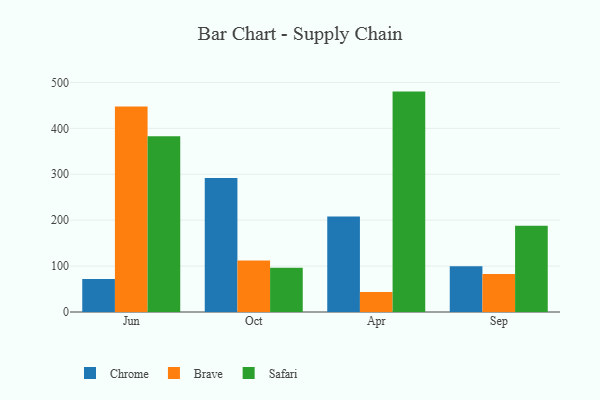
{"axis": {"x": "Month", "y": "Tickets Resolved"}, "legend": ["Brave", "Chrome", "Safari"], "data": [{"x": "Jun", "y": 71.9, "type": "Chrome"}, {"x": "Jun", "y": 447.3, "type": "Brave"}, {"x": "Jun", "y": 382.6, "type": "Safari"}, {"x": "Oct", "y": 292.0, "type": "Chrome"}, {"x": "Oct", "y": 112.3, "type": "Brave"}, {"x": "Oct", "y": 96.4, "type": "Safari"}, {"x": "Apr", "y": 207.9, "type": "Chrome"}, {"x": "Apr", "y": 43.6, "type": "Brave"}, {"x": "Apr", "y": 480.0, "type": "Safari"}, {"x": "Sep", "y": 99.8, "type": "Chrome"}, {"x": "Sep", "y": 82.7, "type": "Brave"}, {"x": "Sep", "y": 187.6, "type": "Safari"}]}